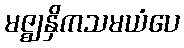
မဇ္ဈနှိကသမယံပေ